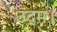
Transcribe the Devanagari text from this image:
उद्गम।